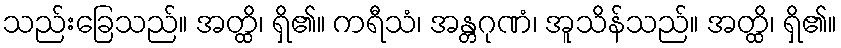
သည်းခြေသည်။ အတ္ထိ၊ ရှိ၏။ ကရီသံ၊ အန္တဂုဏံ၊ အူသိန်သည်။ အတ္ထိ၊ ရှိ၏။